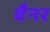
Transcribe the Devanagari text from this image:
वैनर